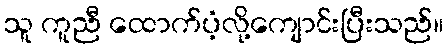
သူ ကူညီ ထောက်ပံ့လို့ကျောင်းပြီးသည်။